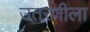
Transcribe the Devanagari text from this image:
उतरणीला